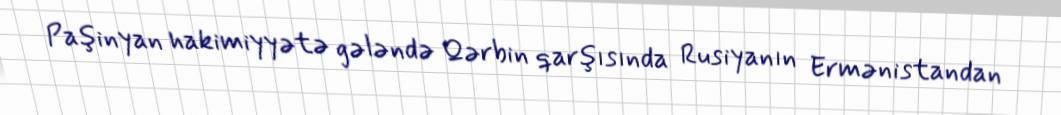
Paşinyan hakimiyyətə gələndə Qərbin qarşısında Rusiyanın Ermənistandan